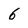
Character: 6